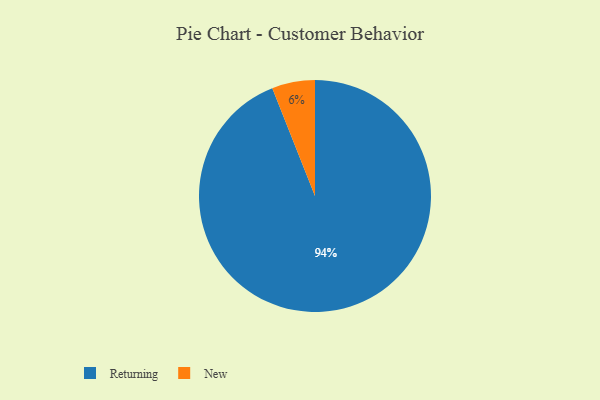
{"axis": {"x": "Category", "y": "Percentage"}, "legend": ["New", "Returning"], "data": [{"x": "Returning", "y": 94, "type": "Returning"}, {"x": "New", "y": 6, "type": "New"}]}